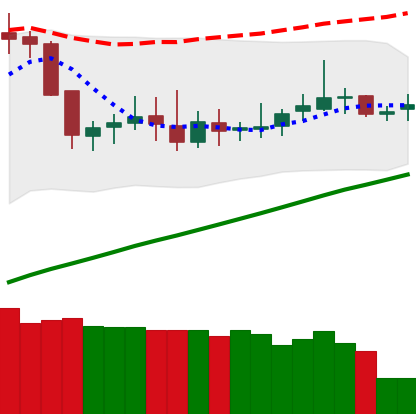
Ticker: DOGE-USD
Chart end date: 2019-06-20
Forward return: 7.308%
Label: up_7plus